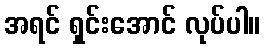
အရင် ရှင်းအောင် လုပ်ပါ။